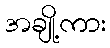
အချို့ကား